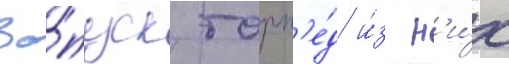
За́пуск торп'е́д и́з н'и́х